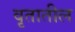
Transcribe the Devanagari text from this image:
वृतातील